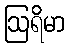
ဩရိမာ